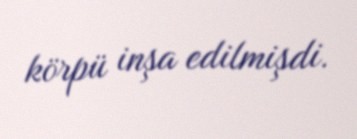
körpü inşa edilmişdi.